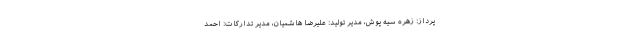
پرداز: زهره سیه پوش، مدیر تولید: علیرضا هاشمیان، مدیر تدارکات: احمد